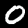
Label: 0